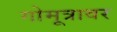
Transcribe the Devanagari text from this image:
गोमूत्रावर